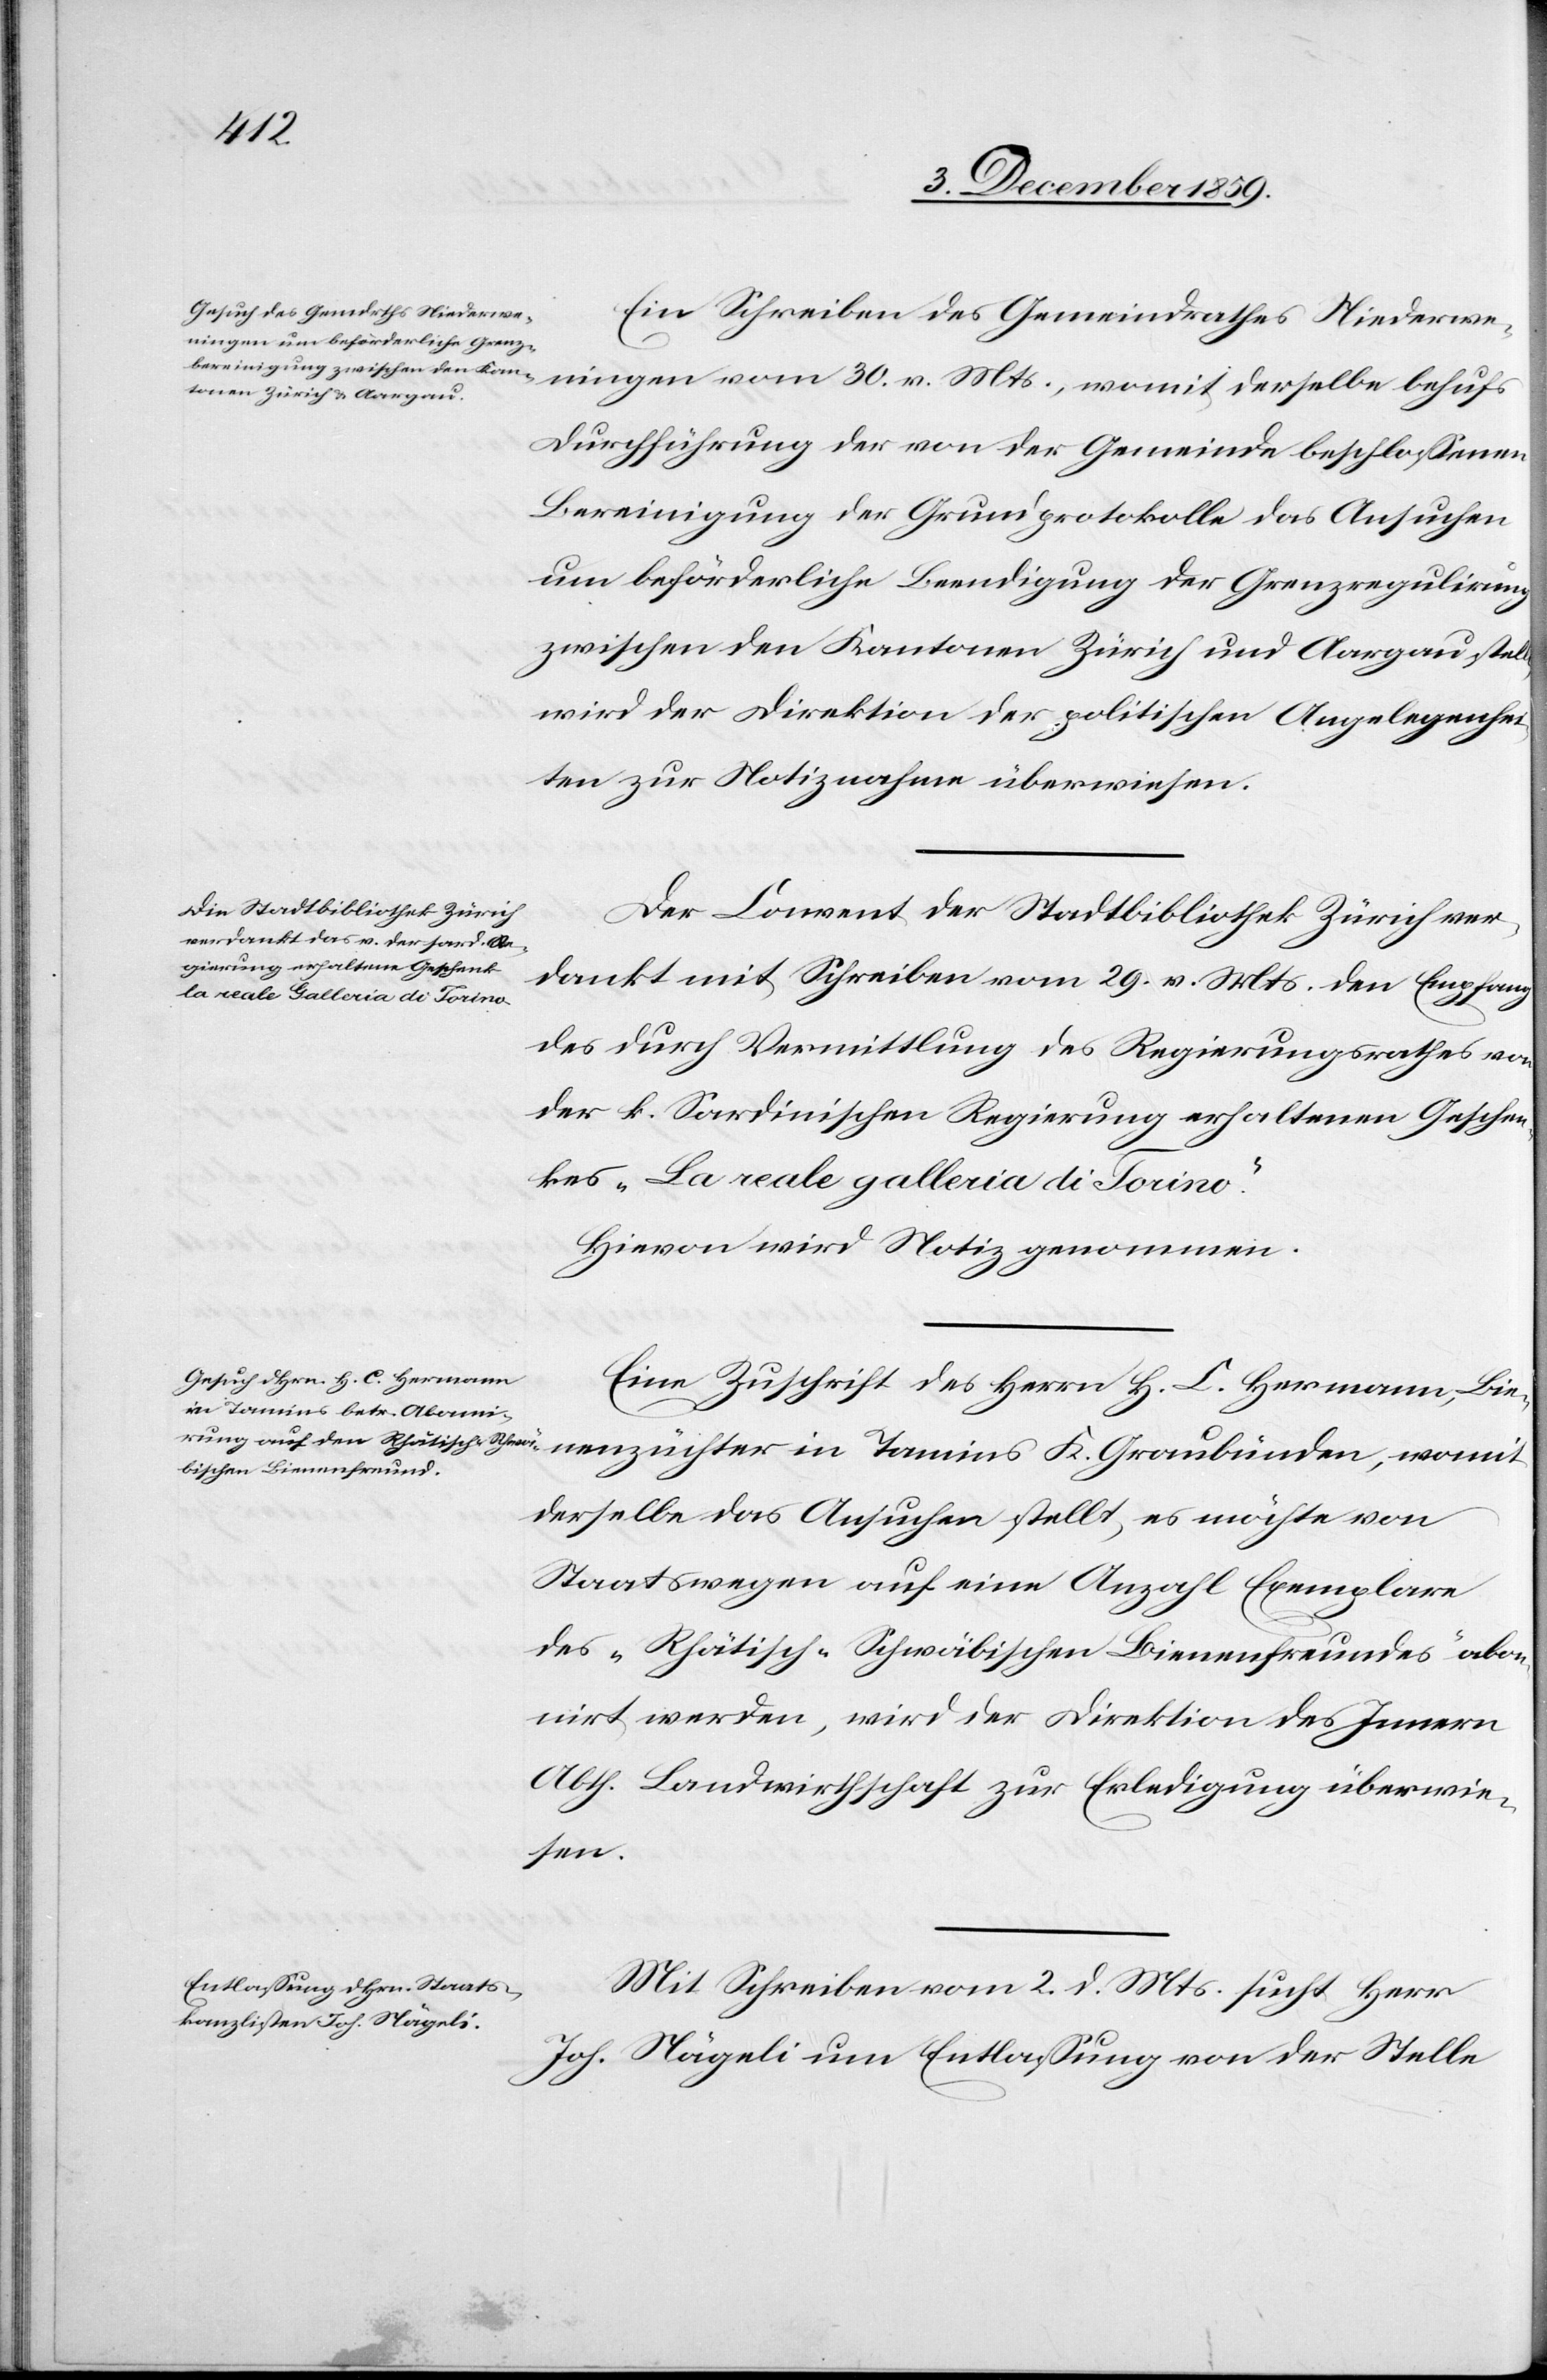
nzüchter
Ein Schreiben des Gemeindrathes Niederwenin¬
Durchführung der von der Gemeinde beschlossenen
Bereinigung der Grundprotokolle des Ansuchen
um beförderliche Beendigung der Grezregulirung
zwischen den Kantonen Aargau stellt, wird der
ten zur Notizname überwiesen.
Der Convent der Stadtbibliothek Zürich ver¬
dankt mit Schreiben vom 29. v. Mts. den Empfang
des durch Vermittlung des Regierungsrathes von
der k. Sardinischen Regierung erhaltenen Geschen¬
kes „La reale galleria die Torino.“
Hievon wird Notiz genommen.
Eine Zuschrift des Herrn H. C. Hermann, Biene¬
derselbe das Ansuchen stellt, es möchte von
Staatswegen auf eine Anzahl Exemplare
des „Räthisch-Schwäbischen Bienenfreundes“ abon¬
nirt werden, wird der Direktion des Innern
Abth. Landwirthschaft zur Erledigung überwie¬
sen.
Mit Schreiben vom 2. d. Mts. sucht Herr
Joh. Nägeli um Entlassung von der Stelle